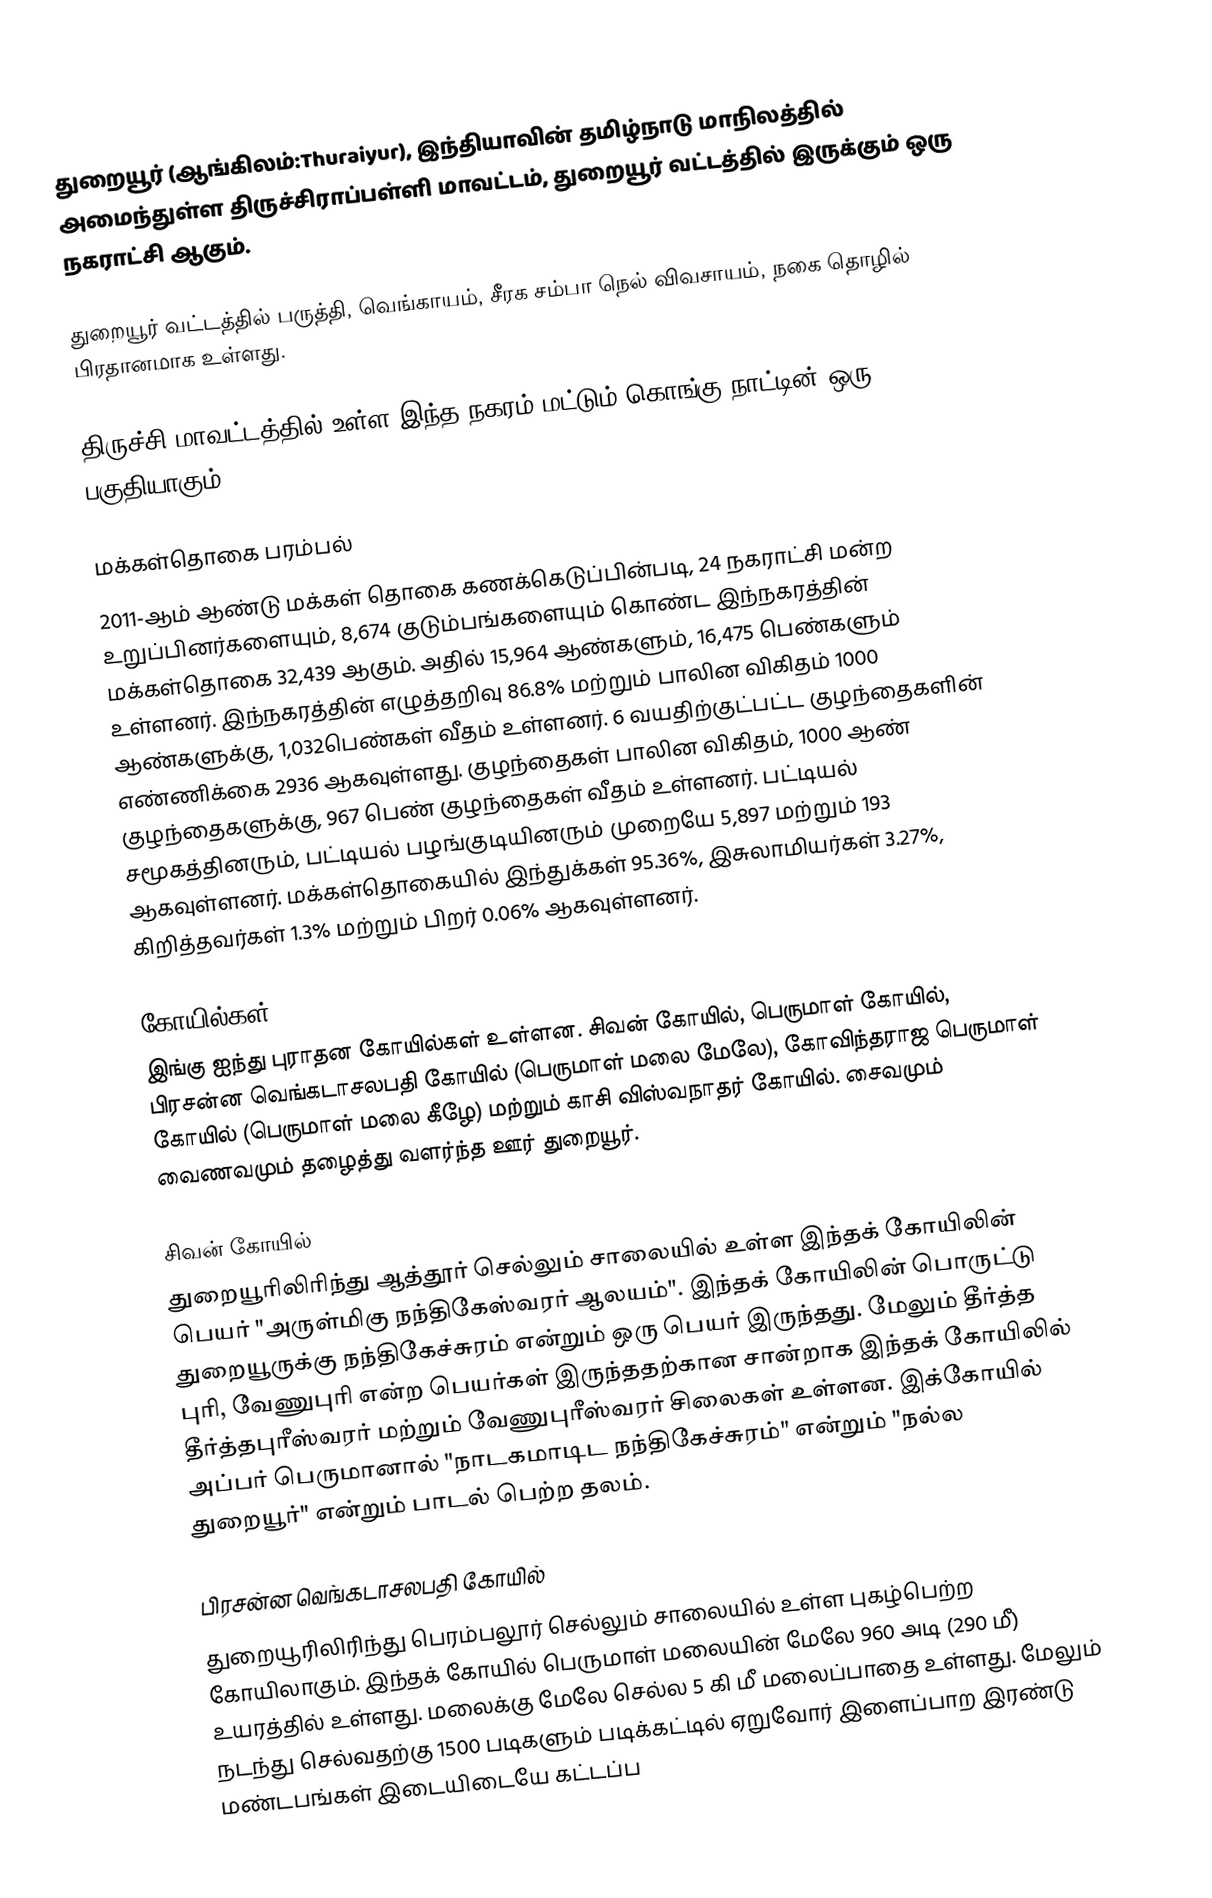
துறையூர் (ஆங்கிலம்:Thuraiyur), இந்தியாவின் தமிழ்நாடு மாநிலத்தில் அமைந்துள்ள திருச்சிராப்பள்ளி மாவட்டம், துறையூர் வட்டத்தில் இருக்கும் ஒரு நகராட்சி ஆகும்.

துறையூர் வட்டத்தில் பருத்தி, வெங்காயம், சீரக சம்பா நெல் விவசாயம், நகை தொழில் பிரதானமாக உள்ளது.

திருச்சி மாவட்டத்தில் உள்ள இந்த நகரம் மட்டும் கொங்கு நாட்டின் ஒரு பகுதியாகும்.

மக்கள்தொகை பரம்பல்
2011-ஆம் ஆண்டு மக்கள் தொகை கணக்கெடுப்பின்படி, 24  நகராட்சி மன்ற உறுப்பினர்களையும், 8,674 குடும்பங்களையும் கொண்ட இந்நகரத்தின் மக்கள்தொகை 32,439 ஆகும். அதில் 15,964 ஆண்களும், 16,475   பெண்களும் உள்ளனர். இந்நகரத்தின் எழுத்தறிவு 86.8% மற்றும் பாலின விகிதம் 1000 ஆண்களுக்கு, 1,032பெண்கள் வீதம் உள்ளனர். 6 வயதிற்குட்பட்ட குழந்தைகளின் எண்ணிக்கை  2936 ஆகவுள்ளது. குழந்தைகள் பாலின விகிதம்,  1000 ஆண் குழந்தைகளுக்கு, 967 பெண் குழந்தைகள் வீதம் உள்ளனர். பட்டியல் சமூகத்தினரும், பட்டியல் பழங்குடியினரும் முறையே 5,897 மற்றும் 193 ஆகவுள்ளனர். மக்கள்தொகையில் இந்துக்கள் 95.36%, இசுலாமியர்கள் 3.27%, கிறித்தவர்கள் 1.3% மற்றும் பிறர் 0.06% ஆகவுள்ளனர்.

கோயில்கள்
இங்கு ஐந்து புராதன கோயில்கள் உள்ளன. சிவன் கோயில், பெருமாள் கோயில், பிரசன்ன வெங்கடாசலபதி கோயில் (பெருமாள் மலை மேலே), கோவிந்தராஜ பெருமாள் கோயில் (பெருமாள் மலை கீழே) மற்றும் காசி விஸ்வநாதர் கோயில். சைவமும் வைணவமும் தழைத்து வளர்ந்த ஊர் துறையூர்.

சிவன் கோயில்
துறையூரிலிரிந்து ஆத்தூர் செல்லும் சாலையில் உள்ள இந்தக் கோயிலின் பெயர் "அருள்மிகு நந்திகேஸ்வரர் ஆலயம்". இந்தக் கோயிலின் பொருட்டு துறையூருக்கு நந்திகேச்சுரம் என்றும் ஒரு பெயர் இருந்தது. மேலும் தீர்த்த புரி, வேணுபுரி என்ற பெயர்கள் இருந்ததற்கான சான்றாக இந்தக் கோயிலில் தீர்த்தபுரீஸ்வரர் மற்றும் வேணுபுரீஸ்வரர் சிலைகள் உள்ளன. இக்கோயில் அப்பர் பெருமானால் "நாடகமாடிட நந்திகேச்சுரம்" என்றும் "நல்ல துறையூர்" என்றும் பாடல் பெற்ற தலம்.

பிரசன்ன வெங்கடாசலபதி கோயில்
துறையூரிலிரிந்து பெரம்பலூர் செல்லும் சாலையில் உள்ள புகழ்பெற்ற கோயிலாகும். இந்தக் கோயில் பெருமாள் மலையின் மேலே 960 அடி (290 மீ) உயரத்தில் உள்ளது. மலைக்கு மேலே செல்ல 5 கி மீ மலைப்பாதை உள்ளது. மேலும் நடந்து செல்வதற்கு 1500 படிகளும் படிக்கட்டில் ஏறுவோர் இளைப்பாற இரண்டு மண்டபங்கள் இடையிடையே கட்டப்ப